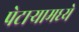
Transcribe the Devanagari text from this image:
पेटाऱ्यामध्ये